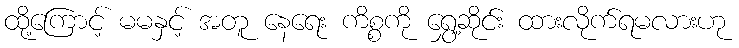
ထို့ကြောင့် မမနှင့် အတူ နေရေး ကိစ္စကို ရွှေ့ဆိုင်း ထားလိုက်ရမလားဟု